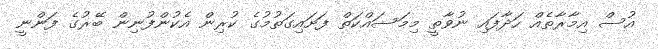
އުސް އިމާރާތެއް ހަދާފައި ނުވާތީ މިމަސައްކަތް ފަށައިގަތުމުގެ ކުރިން އެކުންފުނިން ބޭރުގެ ފަންނީ